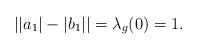
LaTeX: \begin{align*}||a_{1}|-|b_{1}||=\lambda_{g}(0)=1.\end{align*}